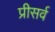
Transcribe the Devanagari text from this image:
प्रीसर्व